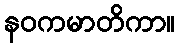
နဝကမာတိကာ။